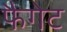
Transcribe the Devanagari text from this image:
फैगेट